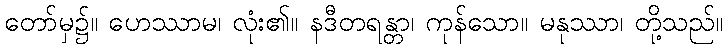
တော်မှ၌။ ဟေဿာမ၊ လုံး၏။ နဒီတရန္တာ၊ ကုန်သော။ မနုဿာ၊ တို့သည်။